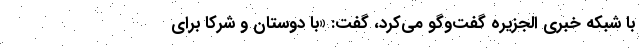
با شبکه خبری الجزیره گفت‌وگو می‌کرد، گفت: «با دوستان و شرکا برای